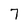
Character: 7